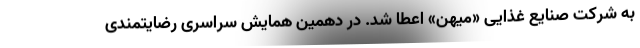
به شرکت صنایع غذایی «میهن» اعطا شد. در دهمین همایش سراسری رضایتمندی